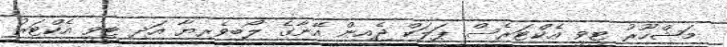
މަޝްހޫރު ޓީވީ އެކްޓަރެސް ޕަލަކް ޖެއިން އޭނާގެ ލޯބިވެރިޔާ އަދި ޓީވީ އެކްޓަރު